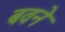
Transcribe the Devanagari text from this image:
बवने